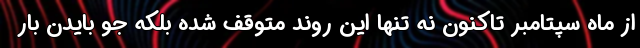
از ماه سپتامبر تاکنون نه تنها این روند متوقف شده بلکه جو بایدن بار